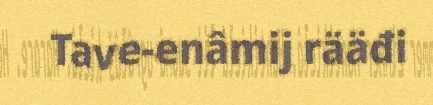
Tave-enâmij rääđi